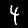
Label: 4